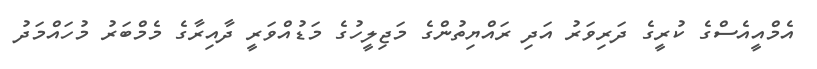
އެމްއީއެސްގެ ކުރީގެ ދަރިވަރު އަދި ރައްޔިތުންގެ މަޖިލީހުގެ މަޑުއްވަރީ ދާއިރާގެ މެމްބަރު މުހައްމަދު